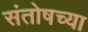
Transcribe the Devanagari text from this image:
संतोषच्या